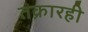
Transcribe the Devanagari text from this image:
तक्रारही